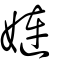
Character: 㜕